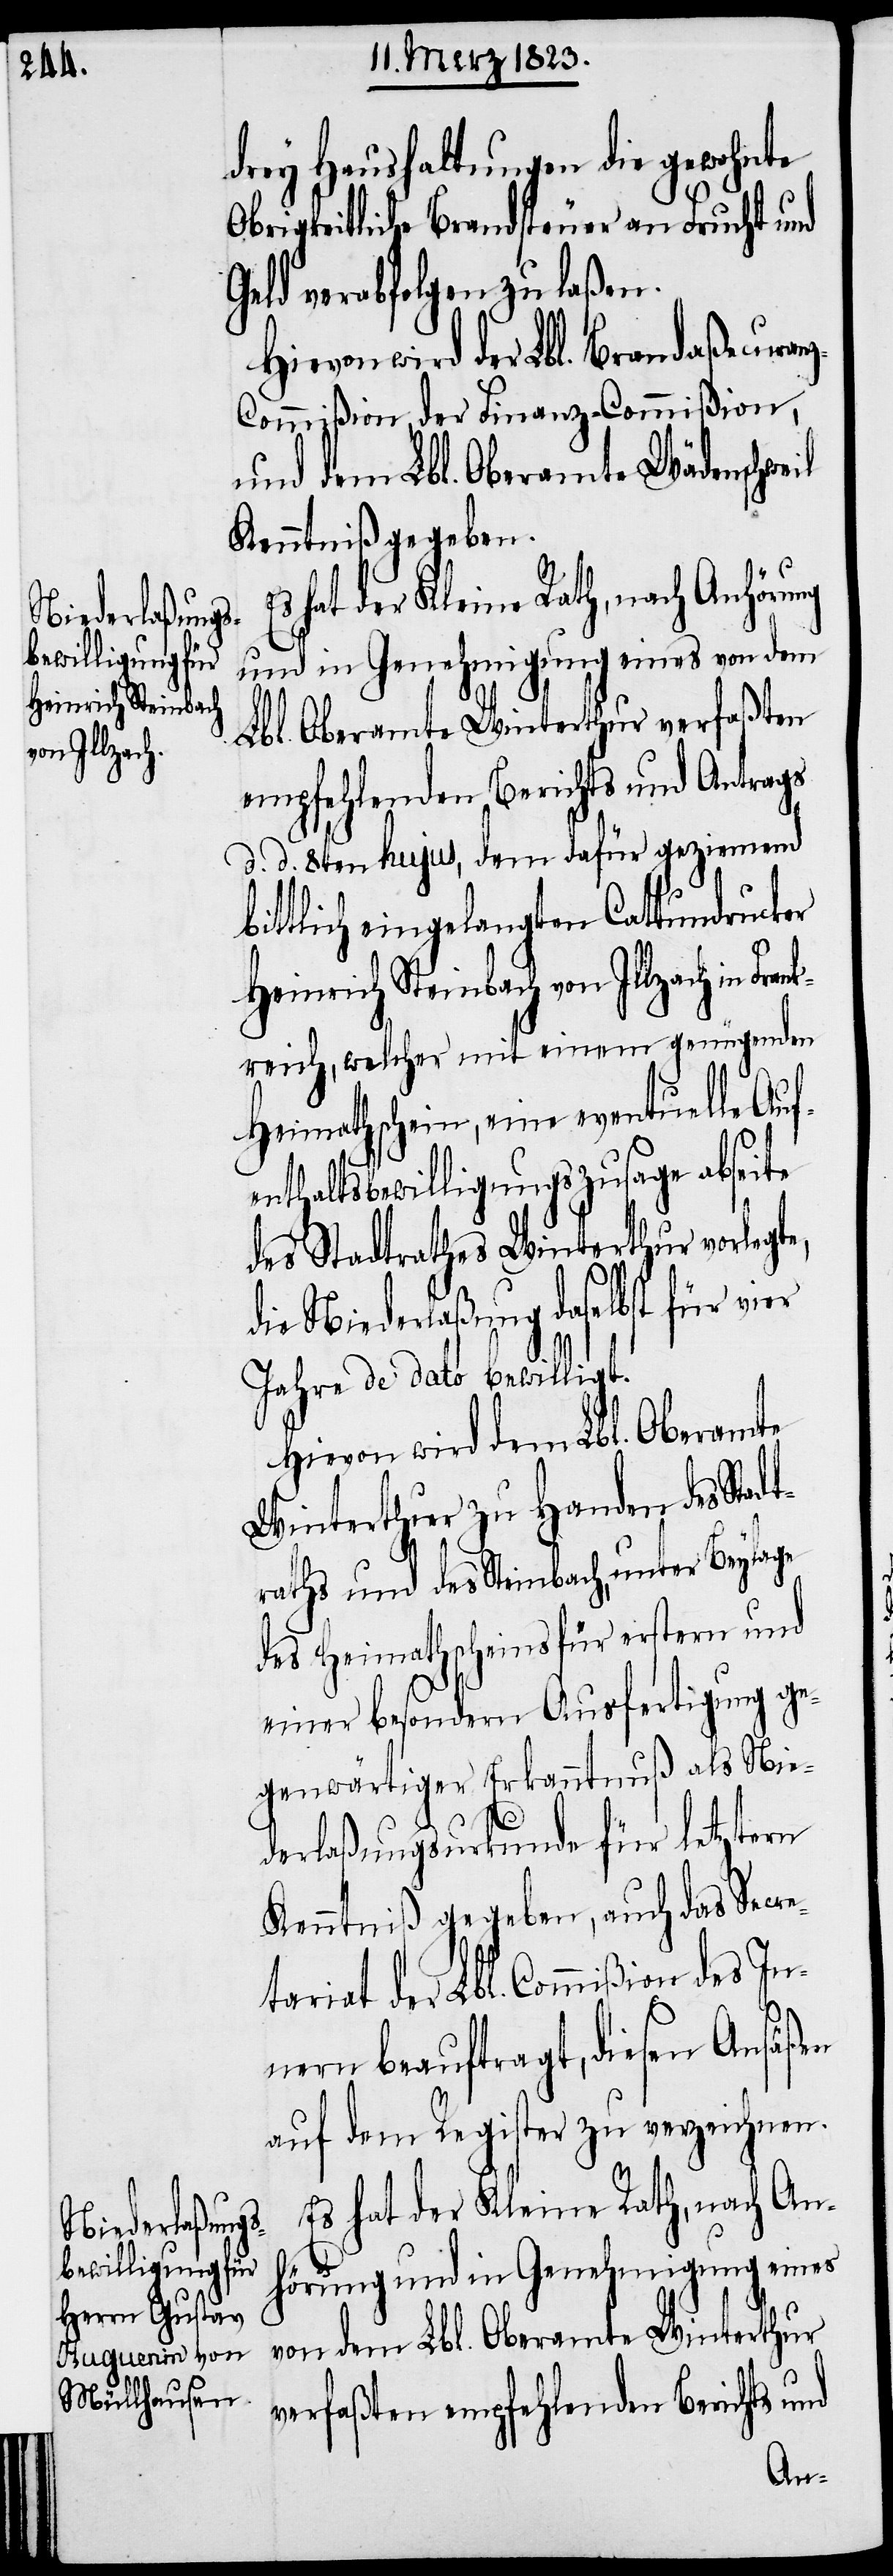
drey Haushaltungen die gewohnte
Obrigkeitliche Brandsteuer an Frucht und
Geld verabfolgen zu laßen.
Hievon wird der Lbl. Brandaßecuran¬
z-Commißion, der Finanz-Commißion,
und dem Lbl. Oberamte Wädenschweil
Kenntniß gegeben.
hat der Kleine Rath, nach Anhörung
und in Genehmigung eines von dem
Lbl. Oberamte Winterthur verfaßten
empfehlenden Berichts und Antrags
d. d. 8ten hujus, dem dafür geziemend
bittlich eingelangten Cattundrucker
Heinrich Steinbach von Illzach in Fr¬
reich, welcher mit einem genügenden
Heimathschein, eine eventuelle Auf¬
enthaltsbewilligungszusage abseite
des Stadtrathes Winterthur vorlegte,
die Niederlaßung daselbst für
Jahre de dato bewilligt.
Hievon wird dem Lbl. Oberamte
Winterthur zu Handen des Stadt¬
raths und des Steinbach, unter Beylage
des Heimathscheins für erstern und
einer besondern Ausfertigung ge¬
genwärtiger Erkanntnuß als Nie¬
derlaßungsurkunde für letztern
Kenntniß gegeben, auch das Secre¬
tariat der Lbl. Commißion des In¬
nern beauftragt, diesen Ansäßen
auf dem Register zu verzeichnen.
Es hat der Kleine Rath, nach An¬
hörung und in Genehmigung eines
von dem Lbl. Oberamte Winterthur
verfaßten empfehlenden Berichts und
ank¬